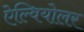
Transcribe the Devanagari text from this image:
ऐल्वियोलर